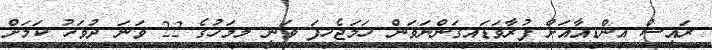
ރައީސް އިންޑިއާއަށް ފުރާވަޑައިގަންނަވަން ހަމަޖެހިފަ ވަނީ މިމަހުގެ 22 ވަނަ ދުވަހު ކަމަށް